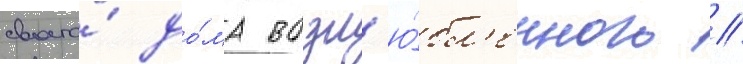
своего́ до́ма возл'ю́бл'енного //